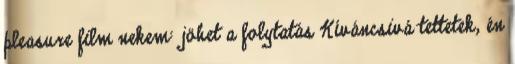
pleasure film nekem: jöhet a folytatás Kíváncsivá tettetek, én